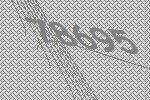
78695